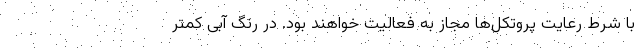
با شرط رعایت پروتکل‌ها مجاز به فعالیت خواهند بود. در رنگ آبی کمتر